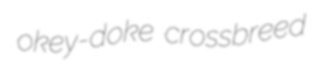
okey-doke crossbreed